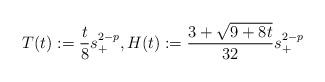
LaTeX: \begin{align*} T(t) := \frac{t}{8} s_+^{2-p}, H(t) := \frac{3 + \sqrt{9+8t}}{32} s_+^{2-p}\end{align*}